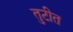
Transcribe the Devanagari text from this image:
तुटीत